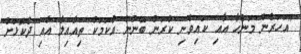
"އަހަރެން މަންހާ އާއި ކައިވެނި ކުރަން ބޭނުން އެކަމަކު ތިއާއިލާ އާއި ދެކޮޅަށް